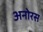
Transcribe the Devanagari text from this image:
अनोरस